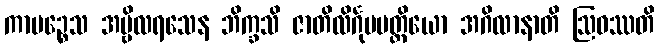
ကာမဉ္စေသ အမ္ဗိလရသေန ဘိက္ခသိ ဇာတိလိင်္ဂုပပတ္တိယော အဂိလာနာတိ ဩဝဿတိ